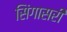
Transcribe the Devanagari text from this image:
सिंगासरी